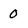
Character: O